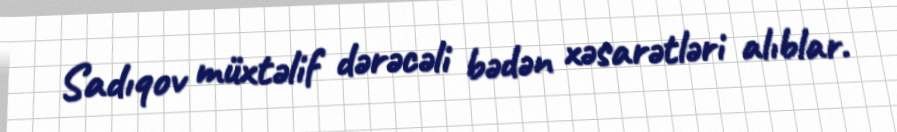
Sadıqov müxtəlif dərəcəli bədən xəsarətləri alıblar.